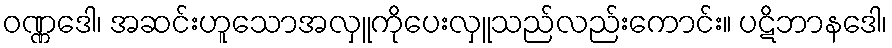
ဝဏ္ဏဒေါ၊ အဆင်းဟူသောအလှူကိုပေးလှူသည်လည်းကောင်း။ ပဋိဘာနဒေါ၊